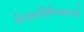
વિચારવિનિમયનો